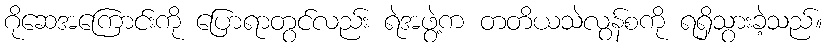
ဂိုဆေအကြောင်းကို ပြောရာတွင်လည်း ရဲအဖွဲ့က တတိယသဲလွန်စကို ရရှိသွားခဲ့သည်။